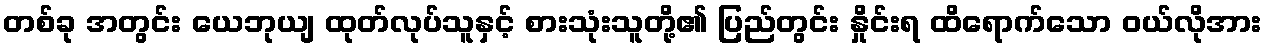
တစ်ခု အတွင်း ယေဘုယျ ထုတ်လုပ်သူနှင့် စားသုံးသူတို့၏ ပြည်တွင်း နှိုင်းရ ထိရောက်သော ဝယ်လိုအား